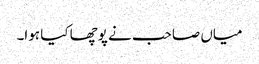
میاں صاحب نے پوچھا کیا ہوا۔